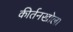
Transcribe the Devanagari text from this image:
कीर्तनखोला